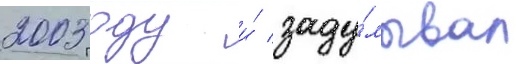
2003 году и́ заду́мывал